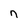
Character: n